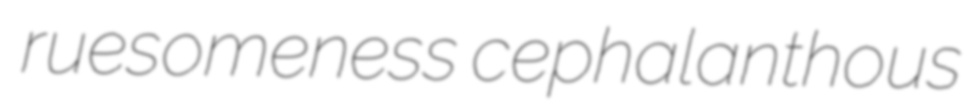
ruesomeness cephalanthous